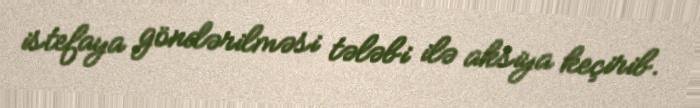
istefaya göndərilməsi tələbi ilə aksiya keçirib.